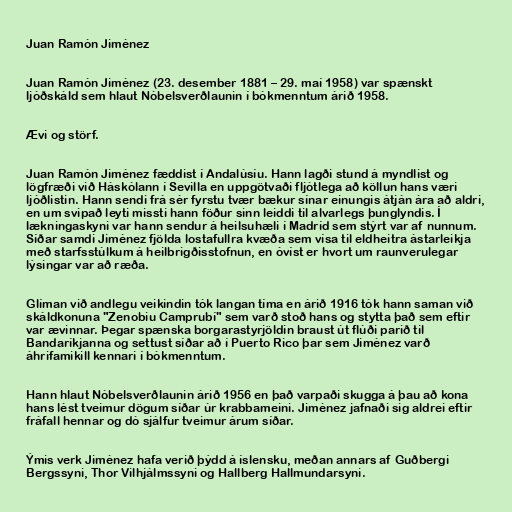
Juan Ramón Jiménez

Juan Ramón Jiménez (23. desember 1881 – 29. maí 1958) var spænskt
ljóðskáld sem hlaut Nóbelsverðlaunin í bókmenntum árið 1958.

Ævi og störf.

Juan Ramón Jiménez fæddist í Andalúsíu. Hann lagði stund á myndlist og
lögfræði við Háskólann í Sevilla en uppgötvaði fljótlega að köllun hans væri
ljóðlistin. Hann sendi frá sér fyrstu tvær bækur sínar einungis átján ára að aldri,
en um svipað leyti missti hann föður sinn leiddi til alvarlegs þunglyndis. Í
lækningaskyni var hann sendur á heilsuhæli í Madríd sem stýrt var af nunnum.
Síðar samdi Jiménez fjölda lostafullra kvæða sem vísa til eldheitra ástarleikja
með starfsstúlkum á heilbrigðisstofnun, en óvíst er hvort um raunverulegar
lýsingar var að ræða.

Glíman við andlegu veikindin tók langan tíma en árið 1916 tók hann saman við
skáldkonuna "Zenobiu Camprubí" sem varð stoð hans og stytta það sem eftir
var ævinnar. Þegar spænska borgarastyrjöldin braust út flúði parið til
Bandaríkjanna og settust síðar að í Puerto Rico þar sem Jiménez varð
áhrifamikill kennari í bókmenntum.

Hann hlaut Nóbelsverðlaunin árið 1956 en það varpaði skugga á þau að kona
hans lést tveimur dögum síðar úr krabbameini. Jiménez jafnaði sig aldrei eftir
fráfall hennar og dó sjálfur tveimur árum síðar.

Ýmis verk Jiménez hafa verið þýdd á íslensku, meðan annars af Guðbergi
Bergssyni, Thor Vilhjálmssyni og Hallberg Hallmundarsyni.